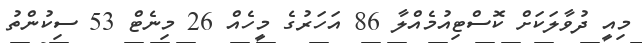
މިއީ ދުވާލަކަށް ކޮސްޓިއުމެއްލާ 86 އަހަރުގެ މީހެއް 26 މިނެޓް 53 ސިކުންތު